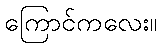
ကြောင်ကလေး။